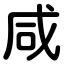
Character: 咸